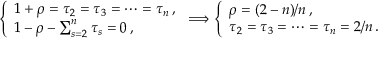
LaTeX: \left\{ \begin{array} { l } { { 1 + \rho = \tau _ { 2 } = \tau _ { 3 } = \cdots = \tau _ { n } \, , } } \\ { { 1 - \rho - \sum _ { s = 2 } ^ { n } \tau _ { s } = 0 \, , } } \end{array} \right. \Longrightarrow \left\{ \begin{array} { l } { { \rho = ( 2 - n ) / n \, , } } \\ { { \tau _ { 2 } = \tau _ { 3 } = \cdots = \tau _ { n } = 2 / n \, . } } \end{array} \right.